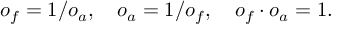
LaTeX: o _ { f } = 1 / o _ { a } , \quad o _ { a } = 1 / o _ { f } , \quad o _ { f } \cdot o _ { a } = 1 .